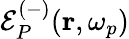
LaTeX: \mathcal{E}_{P}^{(-)}(\mathbf{r},\omega_{p})